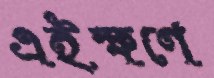
এইক্ষণে